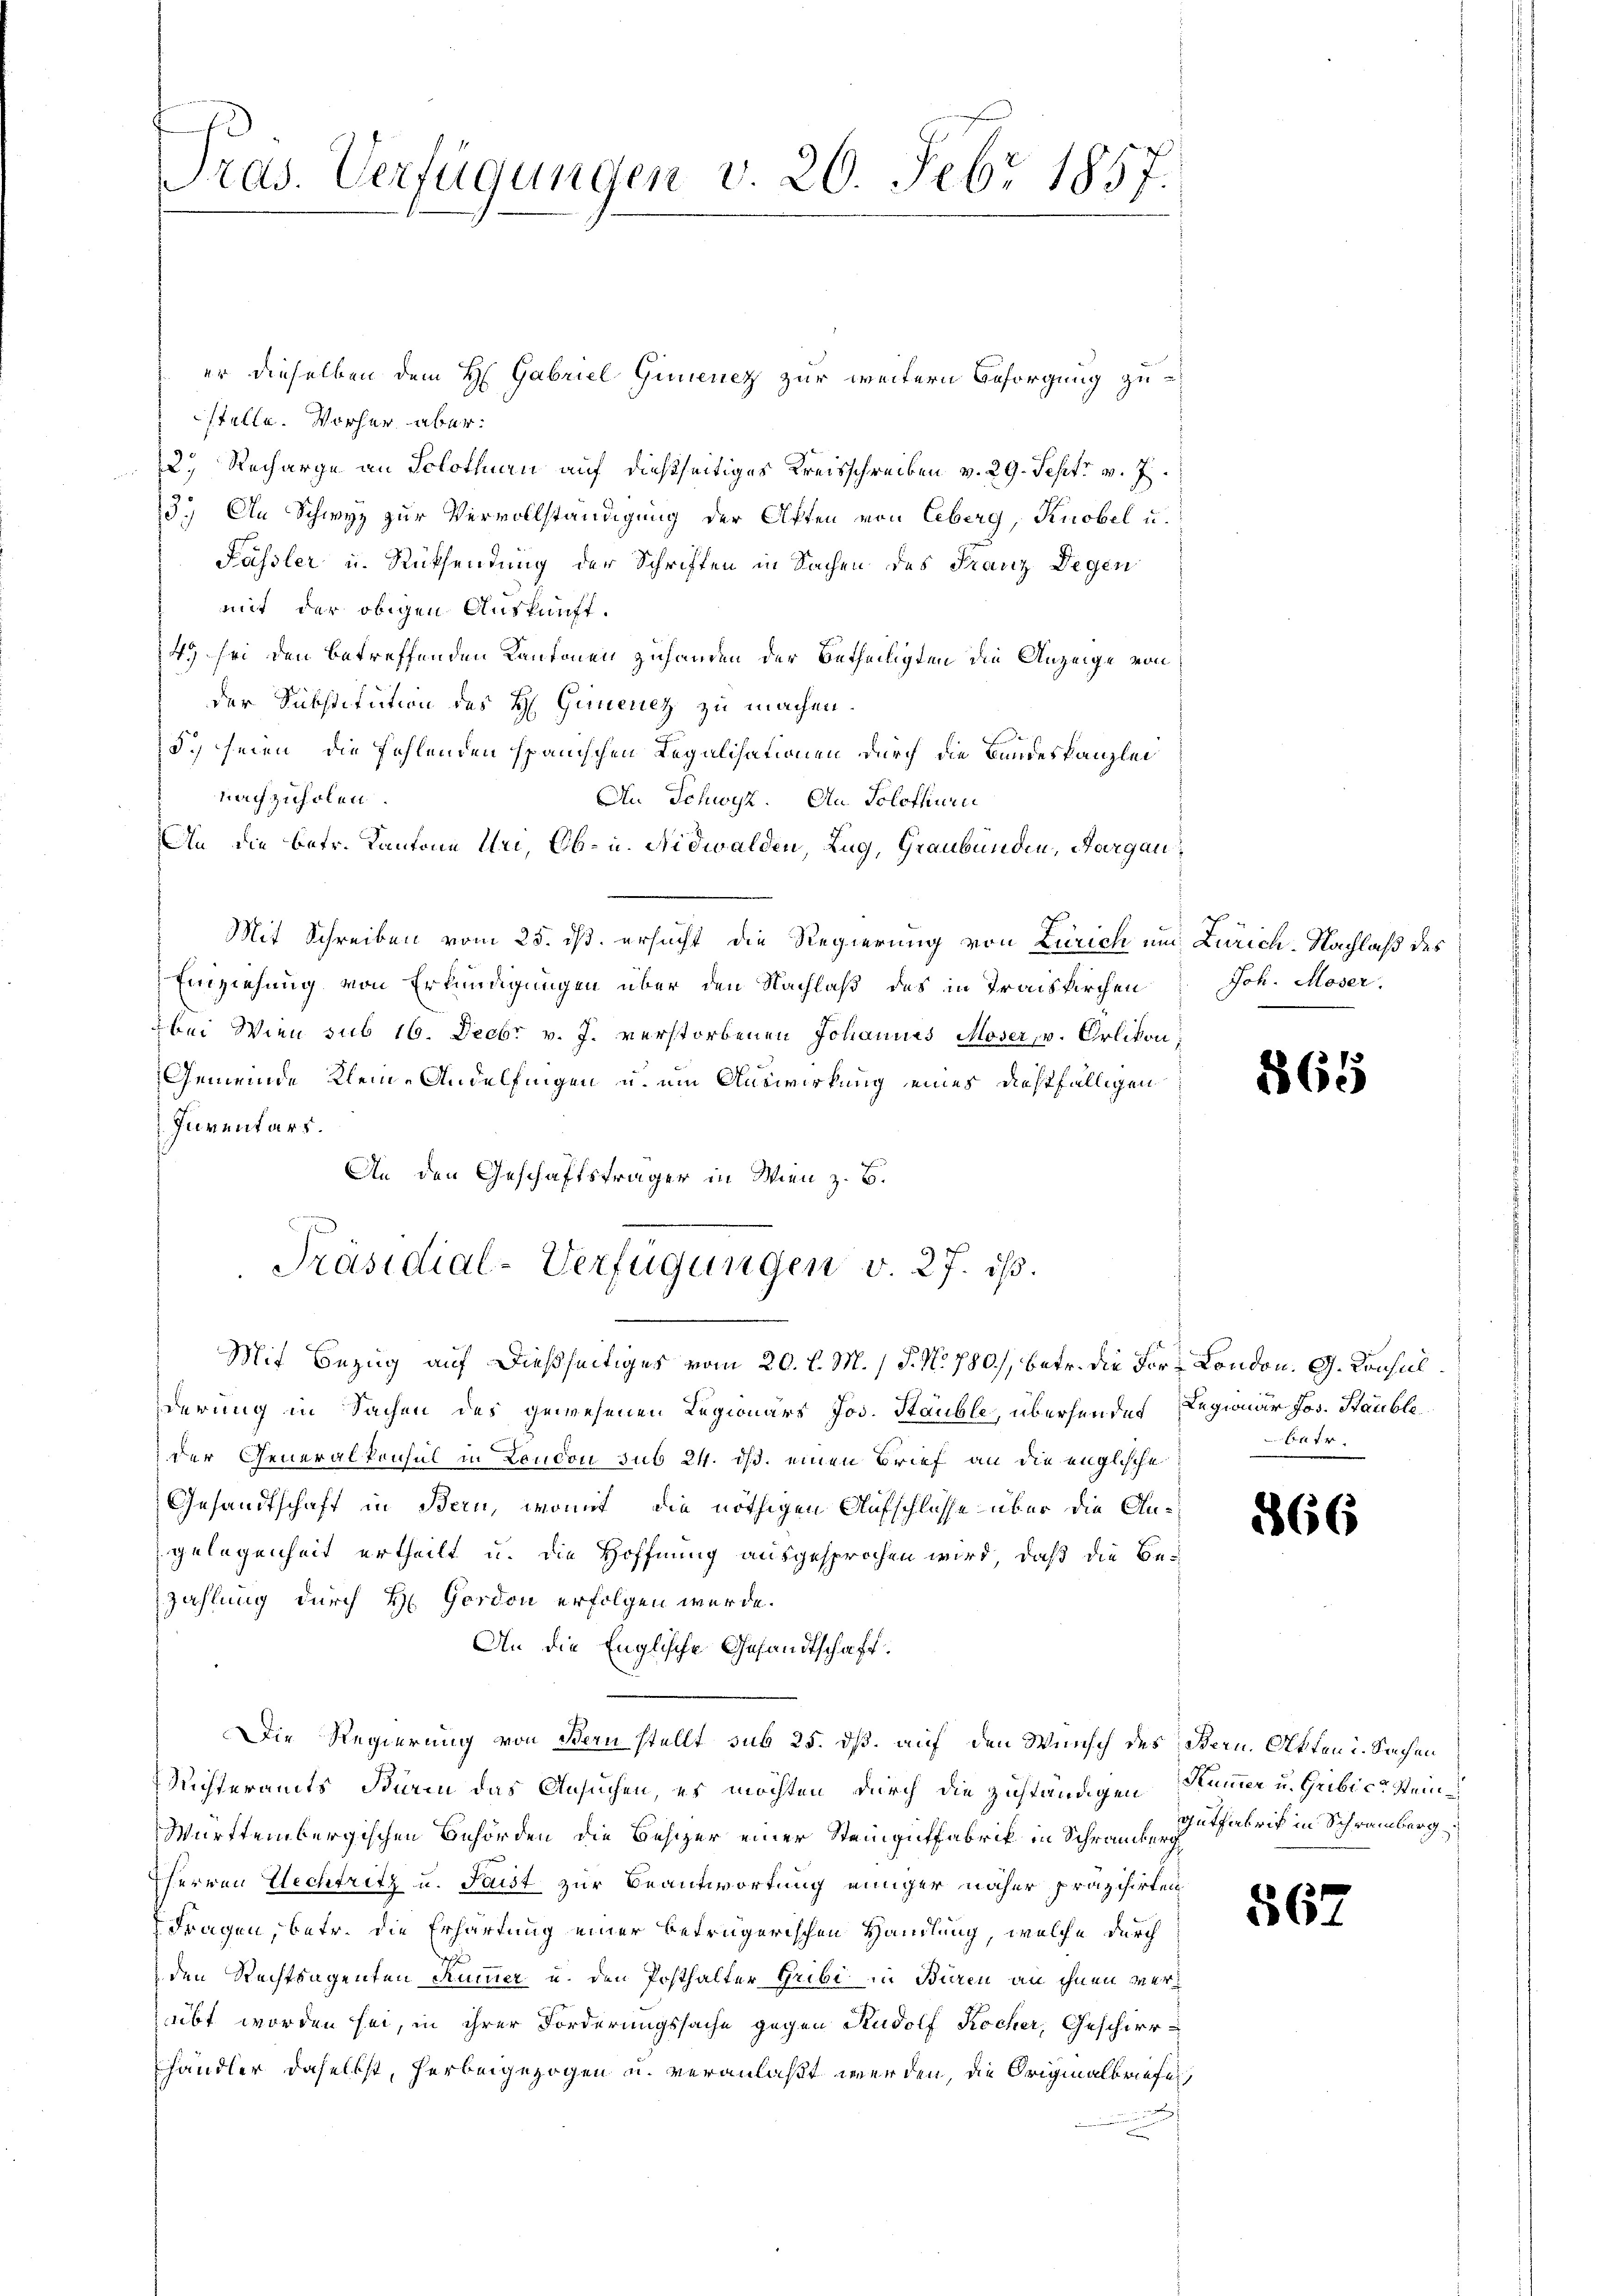
Pras. Verfügungen v. 20. Febr 1857.

er dieselben dem H. Gabriel Gimenez zur weitern Besorgung zustelle. Vorher über¬
2.) Recharge an Solothurn auf dießseitiges Kreisschreiben v. 29. Sept v. J.
13.) An Schwyz zur Vervollständigung der Aften von Leberg, Knobel u.
Fässler u. Rücksendung der Schriften in Sachen des Franz Degen
mit der obigen Auskunft.
143 sei den betreffenden Kantonen zuhanden der Betheiligten die Anzeige von
der Substitution des H. Grenz zu machen.
d. seien, die Fehlenden spanischen Legalisationen durch die Bundeskanzlei
nachzuholen
An Schwyz. An Solothurni
An die betr. Kantone Uri, Ob- u. Nidwalden, Zug, Graubünden, Aargau¬
Mit Schreiben vom 25. dß ersucht die Regierung von Zürich und Zürich-Nachlaß des
Einziehung von Erkundigungen über den Nachlaß des in Traiskirchen
bei Wien sub 16. Decbr v. J. verstorbenen Johannes Moser, v. Orlikon,
Gemeinde Klein-Andelfingen u. um Auswirkung eines diesfälligen
Inventars.
An den Geschäftsträger in Wien z. B.

Präsidial-Verfügungen v. 27. ist.

Joh. Moser.

Mit Bezug auf dießseitiges vom 20. l. M. / P. N. 780), betr. die For- London. G. Konsul
derung in Sachen des gewesenen Legionärs Jos. Stauble, übersendes Legionär Jos. Staubli
der Generalkonsul in London sub 24. ds. einen Brief an die englische
Gesandtschaft in Bern, womit, die nöthigen Aufschlüsse über die Angelegenheit ertheilt u. die Hoffnung ausgesprochen wird, daß die Bezahlung durch H. Gordon erfolgen würde.
An die Englische Gesandtschaft.
Die Regierung von Bern stellt sub 25. dß. auf den Wunsch des Bern. Akten u. Sachen
uchteramts Turin das Ansuchen, es möchten, durch die zuständigen
Württembergischen Behörden die Besizer einer Steingüffabrik in Schrauheithabrik in Schramberg
Ehervon Hechtritz u. Faust zur Beantwortung einiger näher präzisirten
Fragen, betr. die Erhartung einer betrügerischen Handlung, welche durch
den Rechtsagenten Kummer u. den Posthafter Gribi in Büren an ihnen verübt worden sei, in ihrer Forderungssache gegen Rudolf Kocher, Geschirr-
händler daselbst, herbeigezogen u. veranlaßt werden, die Originalbriefe
g

865

betr.

366

Kümmer u. Gribic. Steine

56